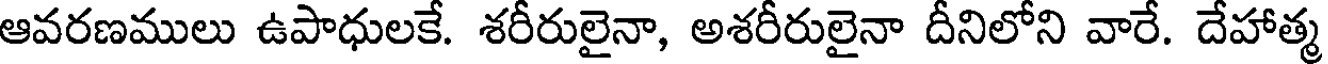
ఆవరణములు ఉపాధులకే. శరీరులైనా, అశరీరులైనా దీనిలోని వారే. దేహాత్మ